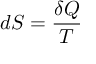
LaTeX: d S = { \frac { \delta Q } { T } }